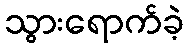
သွားရောက်ခဲ့